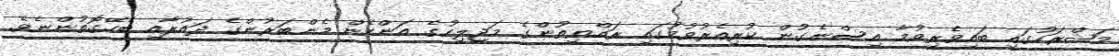
މަޝްރަހުގައި ބައިވެރިވުމާ އިސްނެގުން ކުރިއެރުވުމުގައި ރައްޔިތުންގެ މަޖިލިހުގެ އަންހެން މެންބަރުންގެ ދައުރާއި ބެހޭގޮތުންނެވެ.